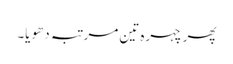
پھر چہرہ تین مرتبہ دھویا۔